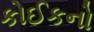
કોઈકનો